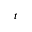
t